Indian journal of veterinary science and animal husbandry - Volumes 15-17, 1948-1951
Year: 1948
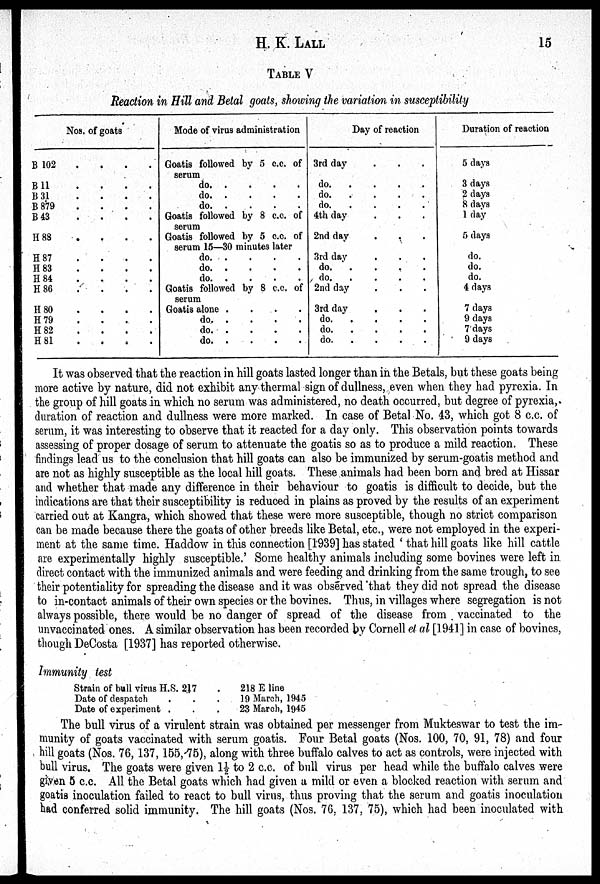
H. K.
LALL
15
TABLE V
Reaction in Hill and Betal goats, showing the variation in susceptibility
Nos. of goats
B 102 . . . .
B
11
.
.
.
.
B 31
.
.
.
.
B 879 . . . .
B 43
.
.
.
.
H 88
.
.
.
.
H 87
.
.
.
.
H 83
.
.
.
.
H 84 . . . .
H 86
.
.
.
.
H 80 . . . .
H 79 . . . .
H 82 . . . .
H 81 . . . .
Mode of virus administration
Goatis followed by 5 c.c. of
serum
do. . . . .
do. . . . .
do. . . . .
Goatis followed by 8 c.c. of
serum
Goatis followed by 5 c.c. of
serum 15—30 minutes later
do.
.
.
.
.
do. . . . .
do.
.
.
.
.
Goatis followed by 8 c.c. of
serum
Goatis alone
.
.
.
.
do. . . . .
do. . . . .
do. . . . .
Day of reaction
3rd day . . .
do. . . . .
do. . . . .
do. . . . .
4th day . . .
2nd day . . .
3rd day . . .
do. . . . .
do. . . . .
2nd day . . .
3rd day . . .
do. . . . .
do. . . . .
do. . . . .
Duration of reaction
5 days
3 days
2 days
8 days
1 day
5 days
do.
do.
do.
4 days
7 days
9 days
7 days
9 days
It was observed that the reaction in hill goats lasted longer than in the Betals, but these goats being
more active by nature, did not exhibit any thermal sign of dullness, even when they had pyrexia. In
the group of hill goats in which no serum was administered, no death occurred, but degree of pyrexia,
duration of reaction and dullness were more marked. In case of Betal No. 43, which got 8 c.c. of
serum, it was interesting to observe that it reacted for a day only. This observation points towards
assessing of proper dosage of serum to attenuate the goatis so as to produce a mild reaction. These
findings lead us to the conclusion that hill goats can also be immunized by serum-goatis method and
are not as highly susceptible as the local hill goats. These animals had been born and bred at Hissar
and whether that made any difference in their behaviour to goatis is difficult to decide, but the
indications are that their susceptibility is reduced in plains as proved by the results of an experiment
carried out at Kangra, which showed that these were more susceptible, though no strict comparison
can be made because there the goats of other breeds like Betal, etc., were not employed in the experi-
ment at the same time. Haddow in this connection [1939] has stated ' that hill goats like hill cattle
are experimentally highly susceptible.' Some healthy animals including some bovines were left in
direct contact with the immunized animals and were feeding and drinking from the same trough, to see
their potentiality for spreading the disease and it was observed 'that they did not spread the disease
to in-contact animals of their own species or the bovines. Thus, in villages where segregation is not
always possible, there would be no danger of spread of the disease from vaccinated to the
unvaccinated ones. A similar observation has been recorded by Cornell et al [1941] in case of bovines,
though DeCosta [1937] has reported otherwise.
Immunity test
Strain of bull virus H.S. 217 .
Date of despatch . . .
Date of experiment . . .
218 E line
19 March, 1945
23 March, 1945
The bull virus of a virulent strain was obtained per messenger from Mukteswar to test the im-
munity of goats vaccinated with serum goatis. Four Betal goats (Nos. 100, 70, 91, 78) and four
hill goats (Nos. 76, 137, 155, 75), along with three buffalo calves to act as controls, were injected with
bull virus. The goats were given 1½ to 2 c.c. of bull virus per head while the buffalo calves were
given 5 c.c. All the Betal goats which had given a mild or even a blocked reaction with serum and
goatis inoculation failed to react to bull virus, thus proving that the serum and goatis inoculation
had conferred solid immunity. The hill goats (Nos. 76, 137, 75), which had been inoculated with